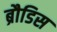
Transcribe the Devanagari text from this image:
ब्रौडिस